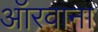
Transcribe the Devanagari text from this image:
ऑरवाना